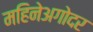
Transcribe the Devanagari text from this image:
महिनेअगोदर